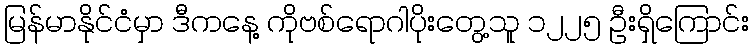
မြန်မာနိုင်ငံမှာ ဒီကနေ့ ကိုဗစ်ရောဂါပိုးတွေ့သူ ၁၂၂၅ ဦးရှိကြောင်း